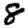
Digit: 8